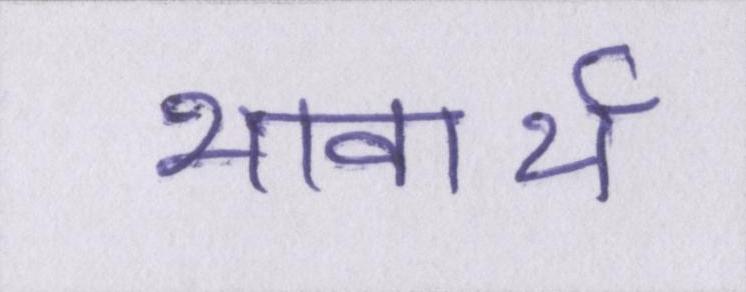
भावार्थ